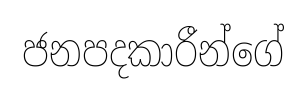
ජනපදකාරීන්ගේ